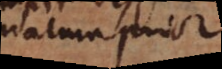
natura prior.